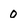
Character: o